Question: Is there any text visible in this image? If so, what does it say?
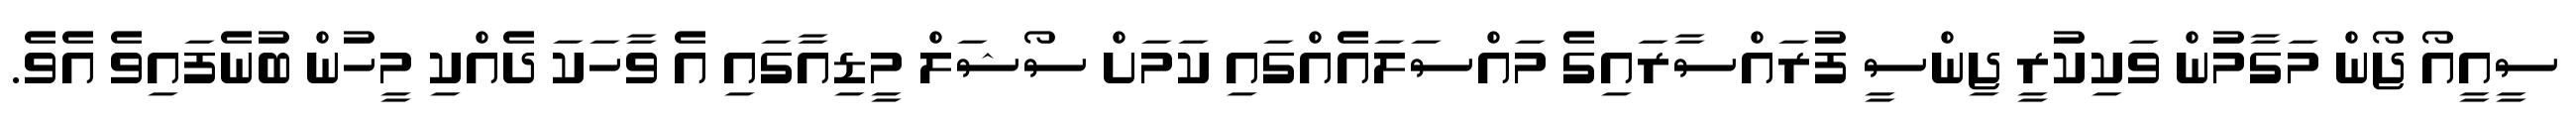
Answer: ސީއީއޯ ޖޯން މަގާމުން ވަކިކުރީ ޖިންސީ ފުރައްސާރައިގެ މައްސަލައެއްގައި ކަމަށް ސޯޝަލް މީޑިއާގައި އެ ވާހަކަ ދެއްކި މީހުން ބުނެފައިވެ އެވެ.